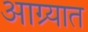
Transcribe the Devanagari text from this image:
आग्र्यात